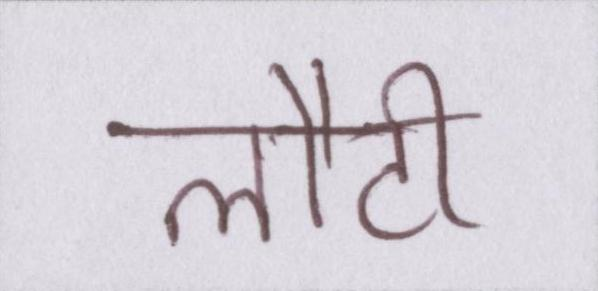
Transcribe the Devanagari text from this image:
लौटी